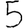
Digit: 5